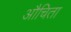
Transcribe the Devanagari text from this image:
औचिता